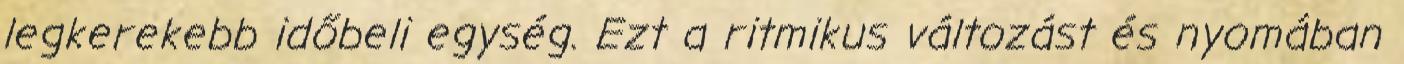
legkerekebb időbeli egység. Ezt a ritmikus változást és nyomában